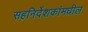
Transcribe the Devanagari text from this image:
सहनिर्देशकांमधील